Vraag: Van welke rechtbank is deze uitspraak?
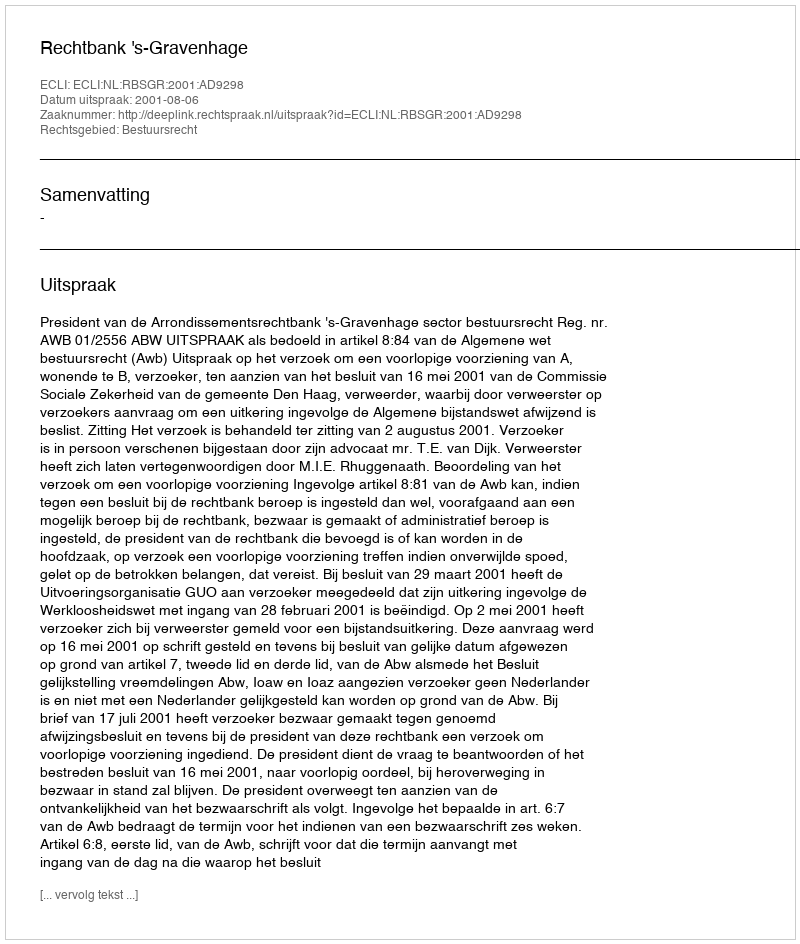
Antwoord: Rechtbank 's-Gravenhage